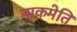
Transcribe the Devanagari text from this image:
नाकमेति